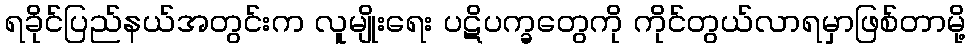
ရခိုင်ပြည်နယ်အတွင်းက လူမျိုးရေး ပဋိပက္ခတွေကို ကိုင်တွယ်လာရမှာဖြစ်တာမို့